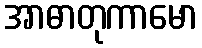
အာဓာတုကာမော